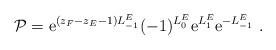
LaTeX: \begin{align*}{\cal P}={\rm e}^{(z_F-z_E-1)L_{-1}^E}(-1)^{L_0^E}{\rm e}^{L_1^E}{\rm e}^{-L_{-1}^E}\ .\end{align*}